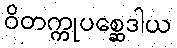
ဝိတက္ကုပစ္ဆေဒါယ